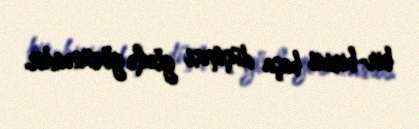
bir-birini başa düşməsi gözlə görünəndir.